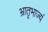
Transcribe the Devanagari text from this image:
भ्रातृभाज्यं